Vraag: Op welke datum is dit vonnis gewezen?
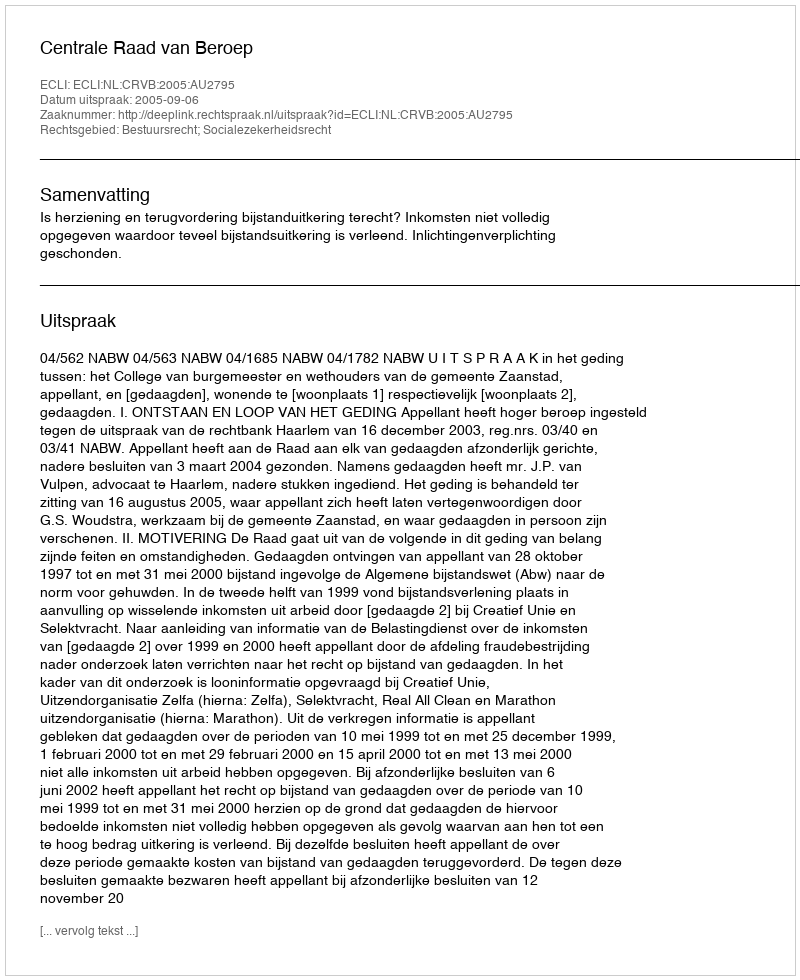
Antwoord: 2005-09-06